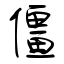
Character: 僵